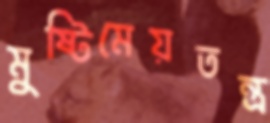
মুষ্টিমেয়তন্ত্র